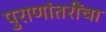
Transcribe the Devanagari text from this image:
पुराणांतरींचा